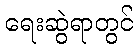
ရေးဆွဲရာတွင်